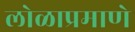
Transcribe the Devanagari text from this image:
लोळाप्रमाणे